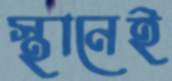
স্থানেই